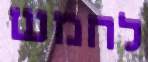
לחמש